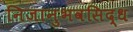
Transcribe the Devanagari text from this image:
निजानुभवसिद्ध